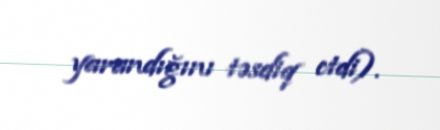
yarandığını təsdiq etdi).